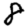
Digit: 8